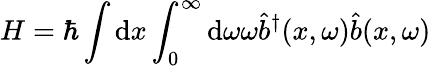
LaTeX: H=\hbar\int\mathrm{d}x\int_{0}^{\infty}\mathrm{d}\omega\omega\hat{b}^{\dagger}(x,\omega)\hat{b}(x,\omega)